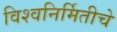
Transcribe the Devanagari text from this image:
विश्वनिर्मितीचे